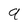
Character: 9